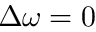
\Delta \omega = 0